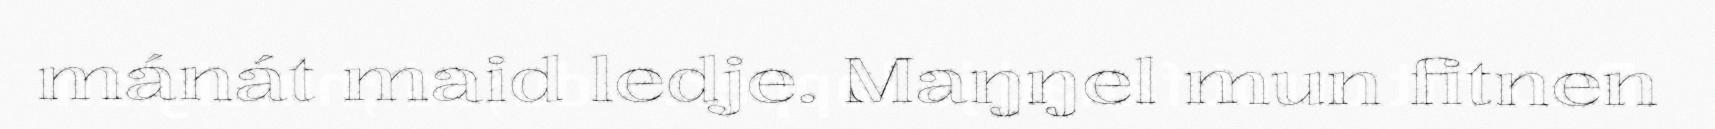
mánát maid ledje. Maŋŋel mun fitnen